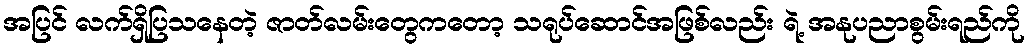
အပြင် လက်ရှိပြသနေတဲ့ ဇာတ်လမ်းတွေကတော့ သရုပ်ဆောင်အဖြစ်လည်း ရဲ့ အနုပညာစွမ်းရည်ကို